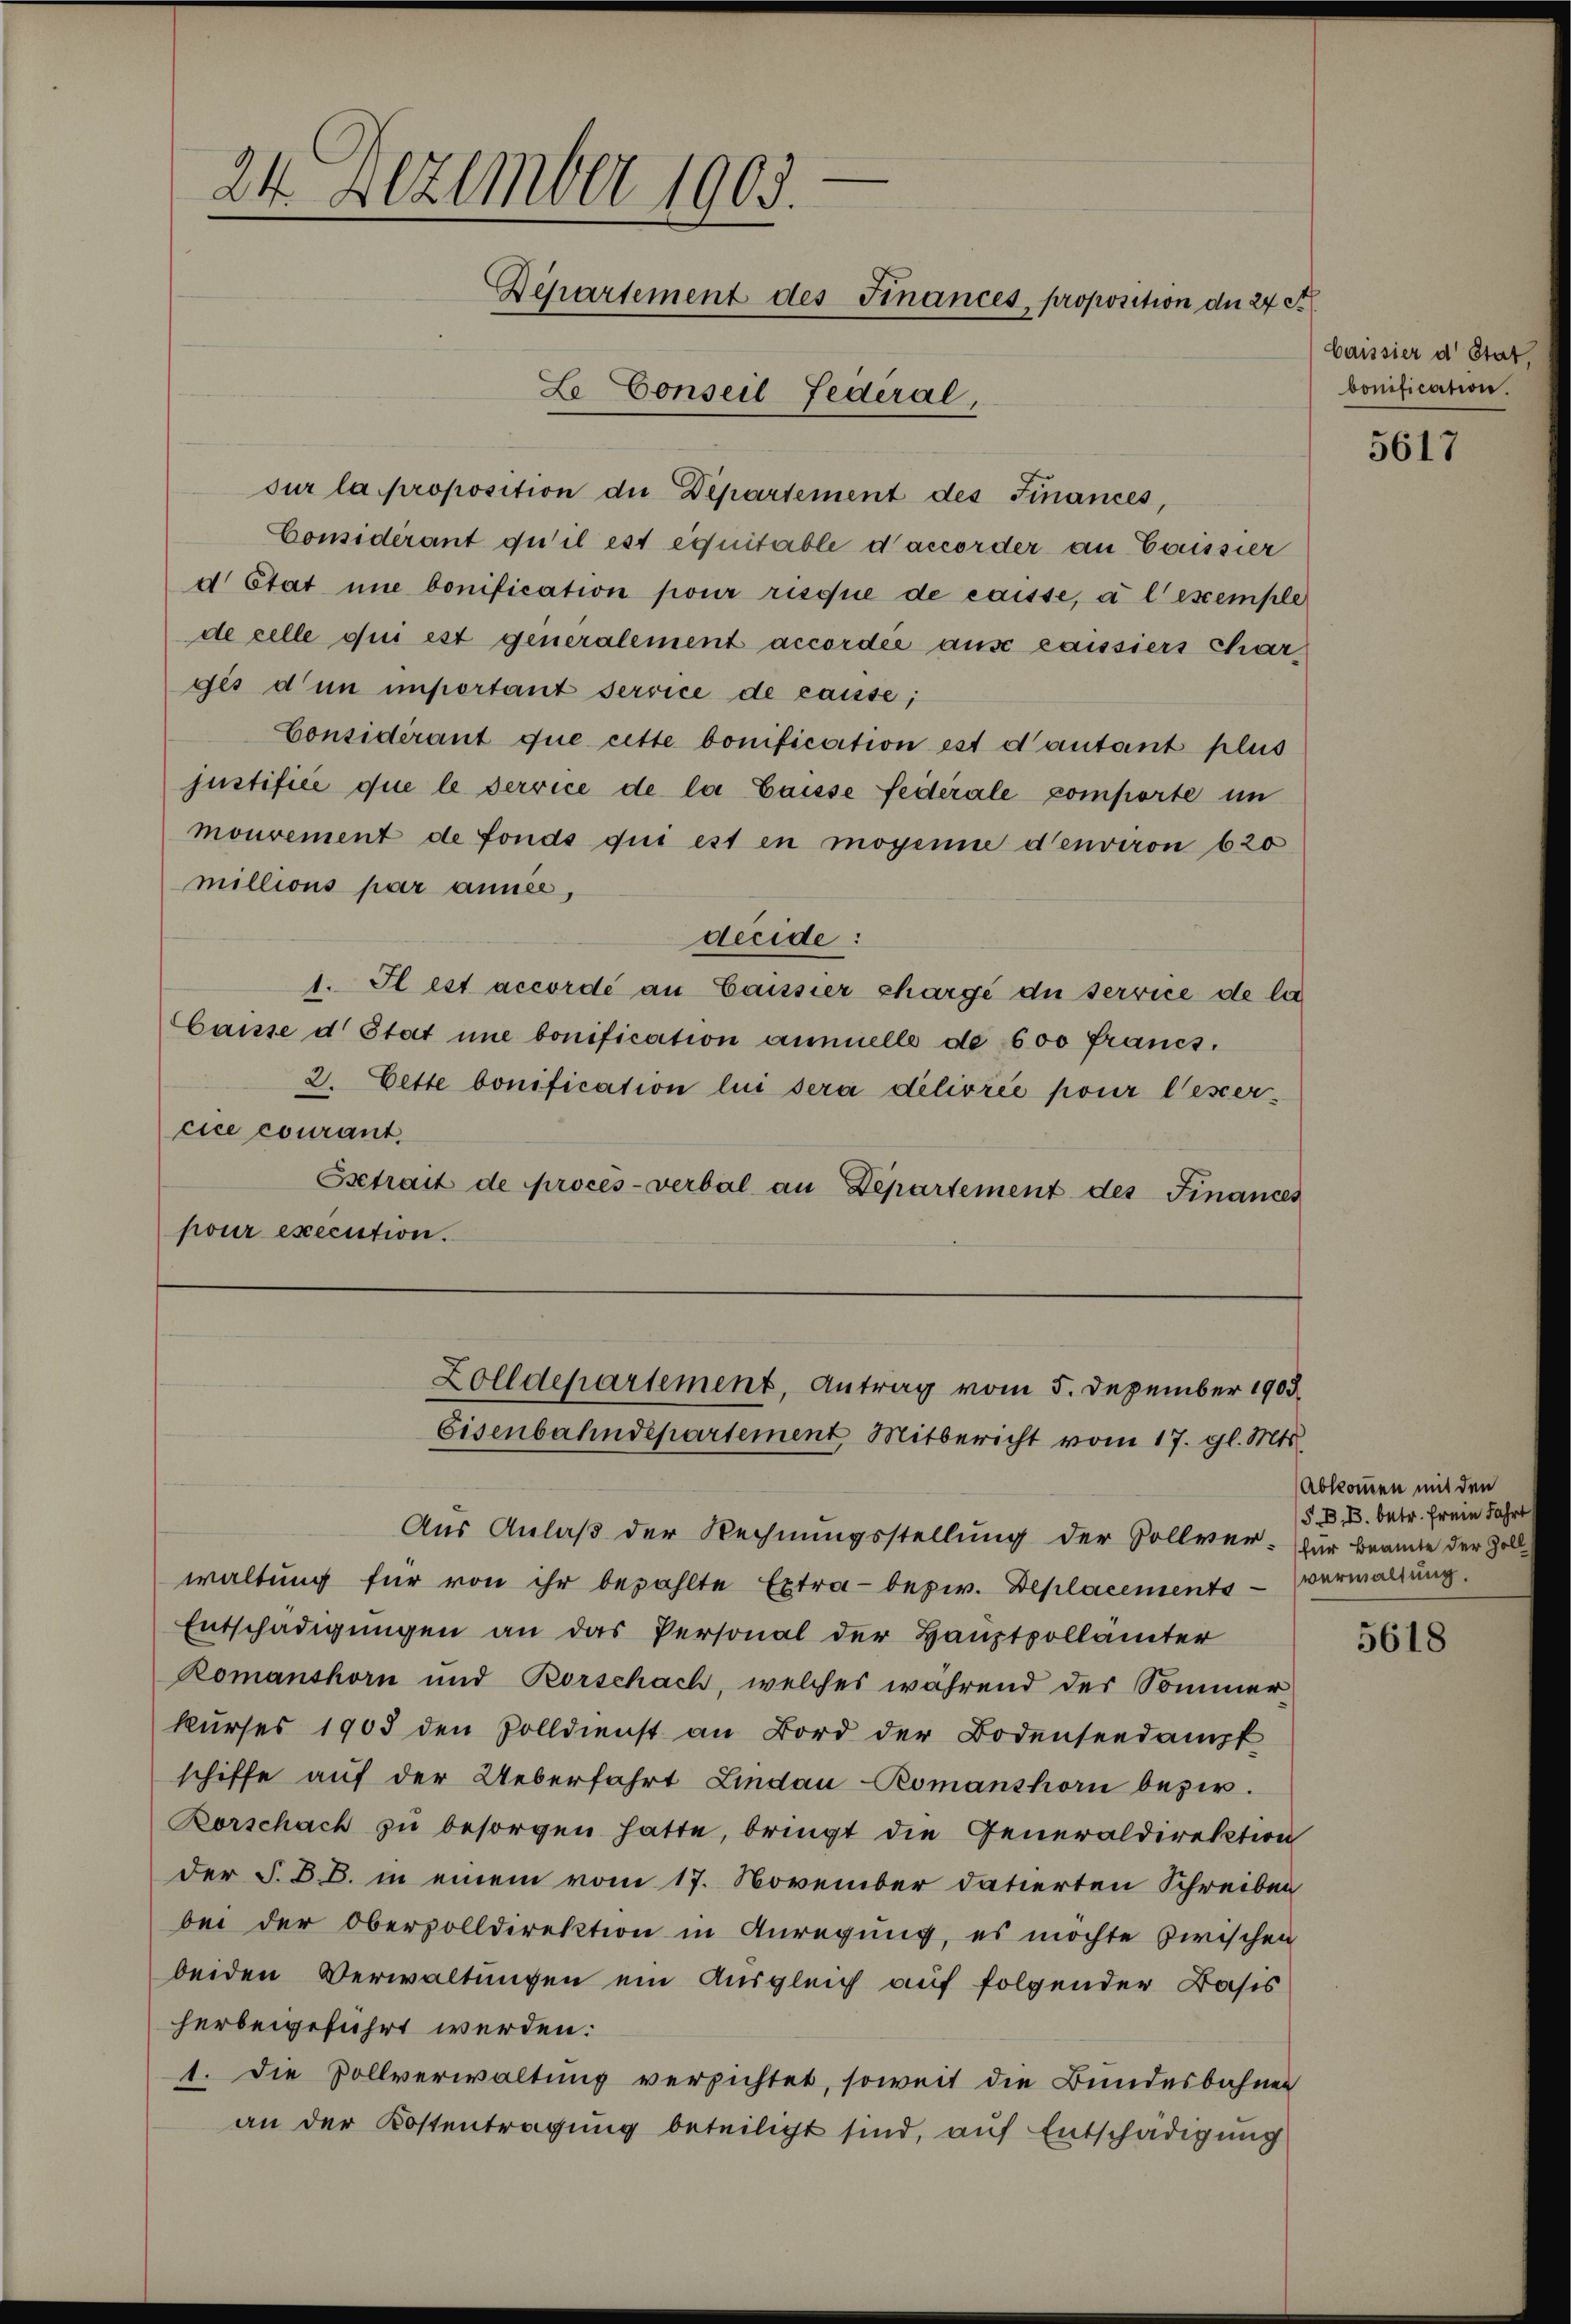
24 Dezember 1903.
Departement des Finances, proposition die 24 St
Le Conseil fédéral,

sur la proposition die Departement des Finances,
Considérant qu’il est équitable d’accorder an Cassier
d Etat une bonification pour risque de caisse, a l exemple
de celle qui est generalement accordée ause cassiers Char
gés d’un important service de cause;
Considérant que cette bonification est d’autant plus
justifice que le service de la Gaisse federale comporte un
mouvement de fonds qui est in mogenie denviron 620
millions par année,
deeide:
1. Il est accordé au Cassier charge die service de la
Caisse d. Stat une bonification annuelle de 600 francs.
2. Cette bonification lui sera délivrée pour l’esercice courant.
Esetrait de procès-verbal an Departement des Finances
pour execution.

Zolldepartement, Antrag vom 5. Dezember 1903
Eisenbahndepartement Mitbericht vom 17. gl. Mts.

Caissier d. Stat,
bonification.

Aus Anlaß der Rechnungsstellung der Sollver- für Beamte der Zoll
waltŭng für von ihr bezahlte Extra- bezw. Deplacements - verwaltung.
Entschädigungen an das Personal der Hauptpollämter
Romanshorn und Rorschach, welches während der Sommer-
kŭrses 1903 den Zolldienst an Bord der Bodenseedampf
schiffe auf der Ueberfahrt Lindau-Romanshorn bezir¬
Rorschach zu besorgen hatte, bringt die Generaldirektion
der S. B. B. in einem vom 17. November datierten Schreiben
bei der Oberzolldirektion in Anregung, es möchte zwischen
beiden Verwaltungen ein Ausgleich auf folgender Basis
herbeigeführt werden:
1. Die Zollverwaltung versichtet, soweit die Bundesbahnen
an der Kostentragung beteiligt sind, auf Entschädigung

5617

Abkommen mit den
5. B. B. betr. Freie Jahr

5618